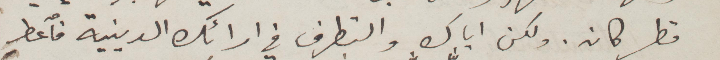
قطر كان. ولكن أيك والتطرف في ارائك الدينية فاعط